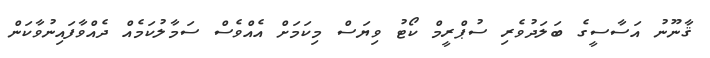
ޤާނޫނު އަސާސީގެ ބަލަދުވެރި ސުޕްރީމް ކޯޓު ވިޔަސް މިކަމަށް އެއްވެސް ސަމާލުކަމެއް ދެއްވާފައިނުވާކަން